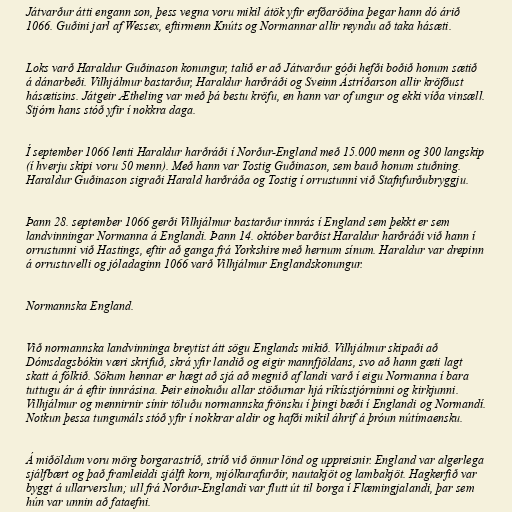
Játvarður átti engann son, þess vegna voru mikil átök yfir erfðaröðina þegar hann dó árið
1066. Guðini jarl af Wessex, eftirmenn Knúts og Normannar allir reyndu að taka hásæti.

Loks varð Haraldur Guðinason konungur, talið er að Játvarður góði hefði boðið honum sætið
á dánarbeði. Vilhjálmur bastarður, Haraldur harðráði og Sveinn Ástríðarson allir kröfðust
hásætisins. Játgeir Ætheling var með þá bestu kröfu, en hann var of ungur og ekki víða vinsæll.
Stjórn hans stóð yfir í nokkra daga.

Í september 1066 lenti Haraldur harðráði í Norður-England með 15.000 menn og 300 langskip
(í hverju skipi voru 50 menn). Með hann var Tostig Guðinason, sem bauð honum stuðning.
Haraldur Guðinason sigraði Harald harðráða og Tostig í orrustunni við Stafnfurðubryggju.

Þann 28. september 1066 gerði Vilhjálmur bastarður innrás í England sem þekkt er sem
landvinningar Normanna á Englandi. Þann 14. október barðist Haraldur harðráði við hann í
orrustunni við Hastings, eftir að ganga frá Yorkshire með hernum sínum. Haraldur var drepinn
á orrustuvelli og jóladaginn 1066 varð Vilhjálmur Englandskonungur.

Normannska England.

Við normannska landvinninga breytist átt sögu Englands mikið. Vilhjálmur skipaði að
Dómsdagsbókin væri skrifuð, skrá yfir landið og eigir mannfjöldans, svo að hann gæti lagt
skatt á fólkið. Sökum hennar er hægt að sjá að megnið af landi varð í eigu Normanna í bara
tuttugu ár á eftir innrásina. Þeir einokuðu allar stöðurnar hjá ríkísstjórninni og kirkjunni.
Vilhjálmur og mennirnir sínir töluðu normannska frönsku í þingi bæði í Englandi og Normandí.
Notkun þessa tungumáls stóð yfir í nokkrar aldir og hafði mikil áhrif á þróun nútímaensku.

Á miðöldum voru mörg borgarastríð, stríð við önnur lönd og uppreisnir. England var algerlega
sjálfbært og það framleiddi sjálft korn, mjólkurafurðir, nautakjöt og lambakjöt. Hagkerfið var
byggt á ullarverslun; ull frá Norður-Englandi var flutt út til borga í Flæmingjalandi, þar sem
hún var unnin að fataefni.